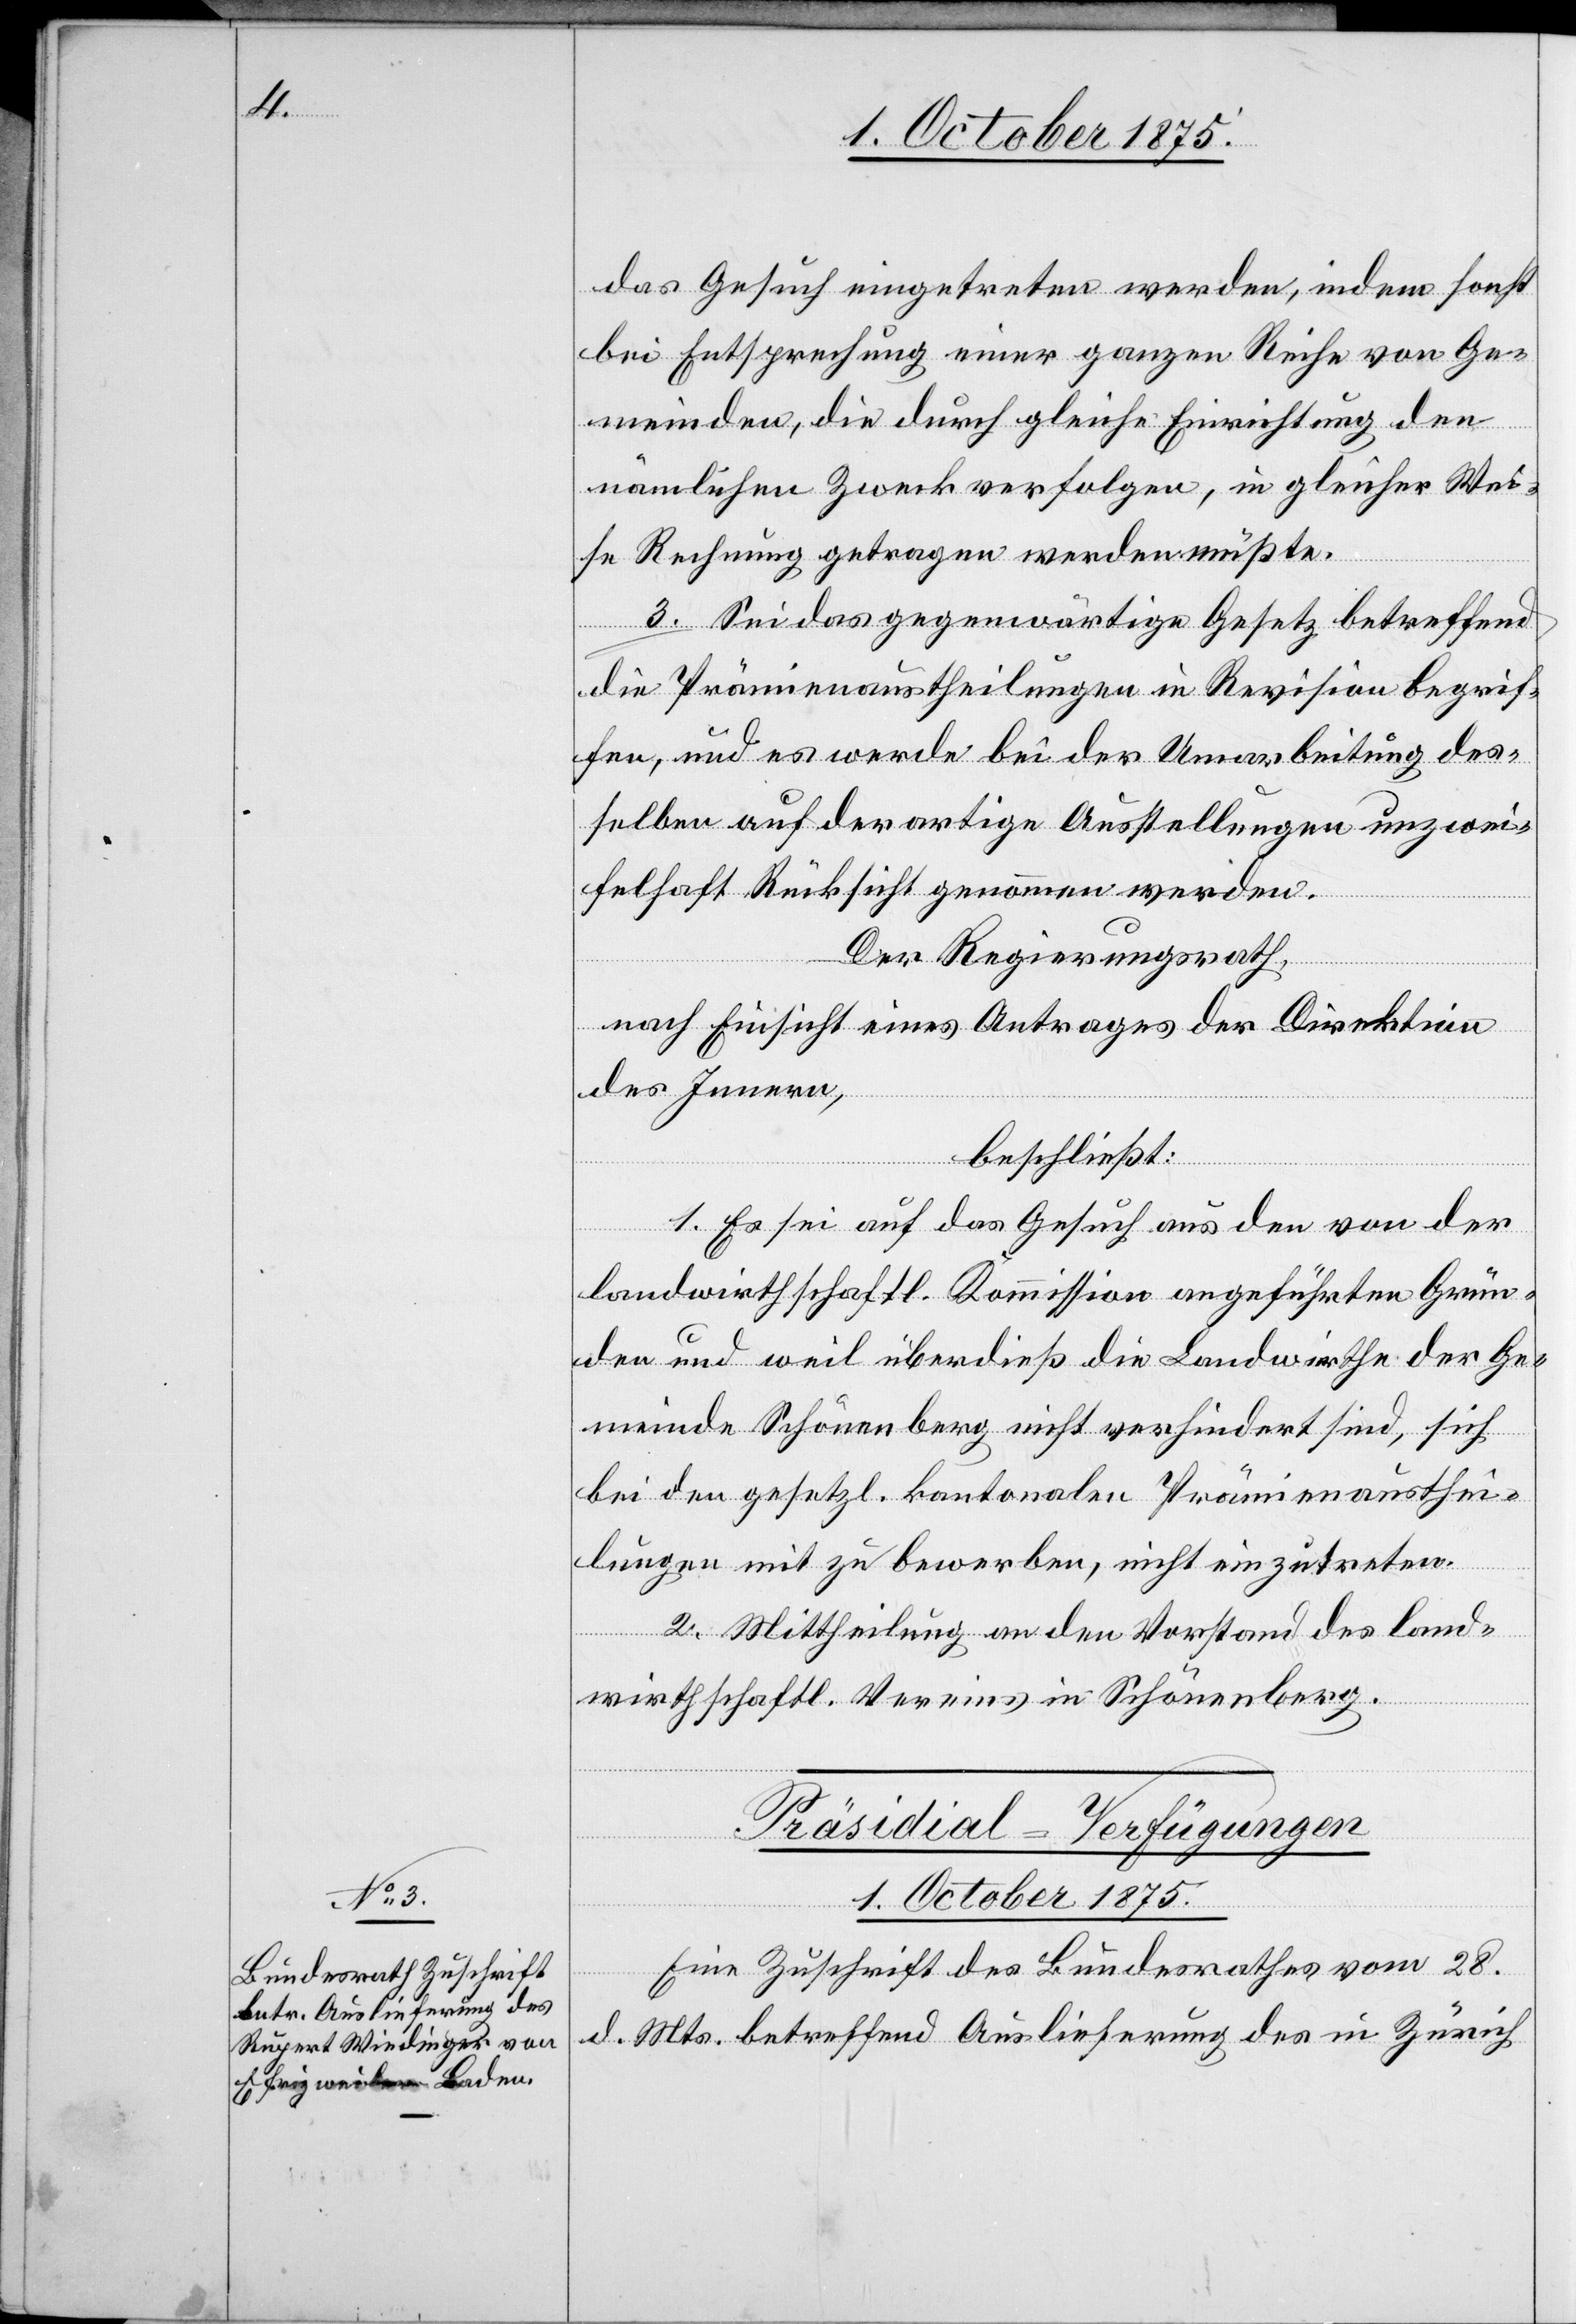
das Gesuch eingetreten werde, indem sonst
bei Entsprechung einer ganzen Reihe von Ge¬
meinden, die durch gleiche Einrichtung den
nämlichen Zweck verfolgen, in gleicher Wei¬
se Rechnung getragen werden müßte.
3. Sei das gegenwärtige Gesetz betreffend
die Prämienaustheilungen in Revision begrif¬
fen und es werde bei der Umarbeitung des¬
selben auf derartige Ausstellungen unzwei¬
felhaft Rücksicht genommen werden.
Der Regierungsrath,
nach Einsicht eines Antrages der Direktion
des Innern,
beschließt:
Schöne¬
nberg.
1. Es sei auf das Gesuch aus den von der
landwirthschaftl. Kommission angeführten Grün¬
den und weil überdieß die Landwirthe der Ge¬
meinde Schönenberg nicht verhindert sind, sich
bei den gesetzl. kantonalen Prämienausthei¬
lungen mit zu bewerben, nicht einzutreten.
2. Mittheilung an den Vorstand des land¬
Präsidial-Verfügungen.
1. October 1875.
Eine Zuschrift des Bundesrathes vom 28.
d. Mts. betreffend Auslieferung des in Zürich